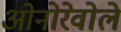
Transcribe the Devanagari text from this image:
ओनोरेवोले